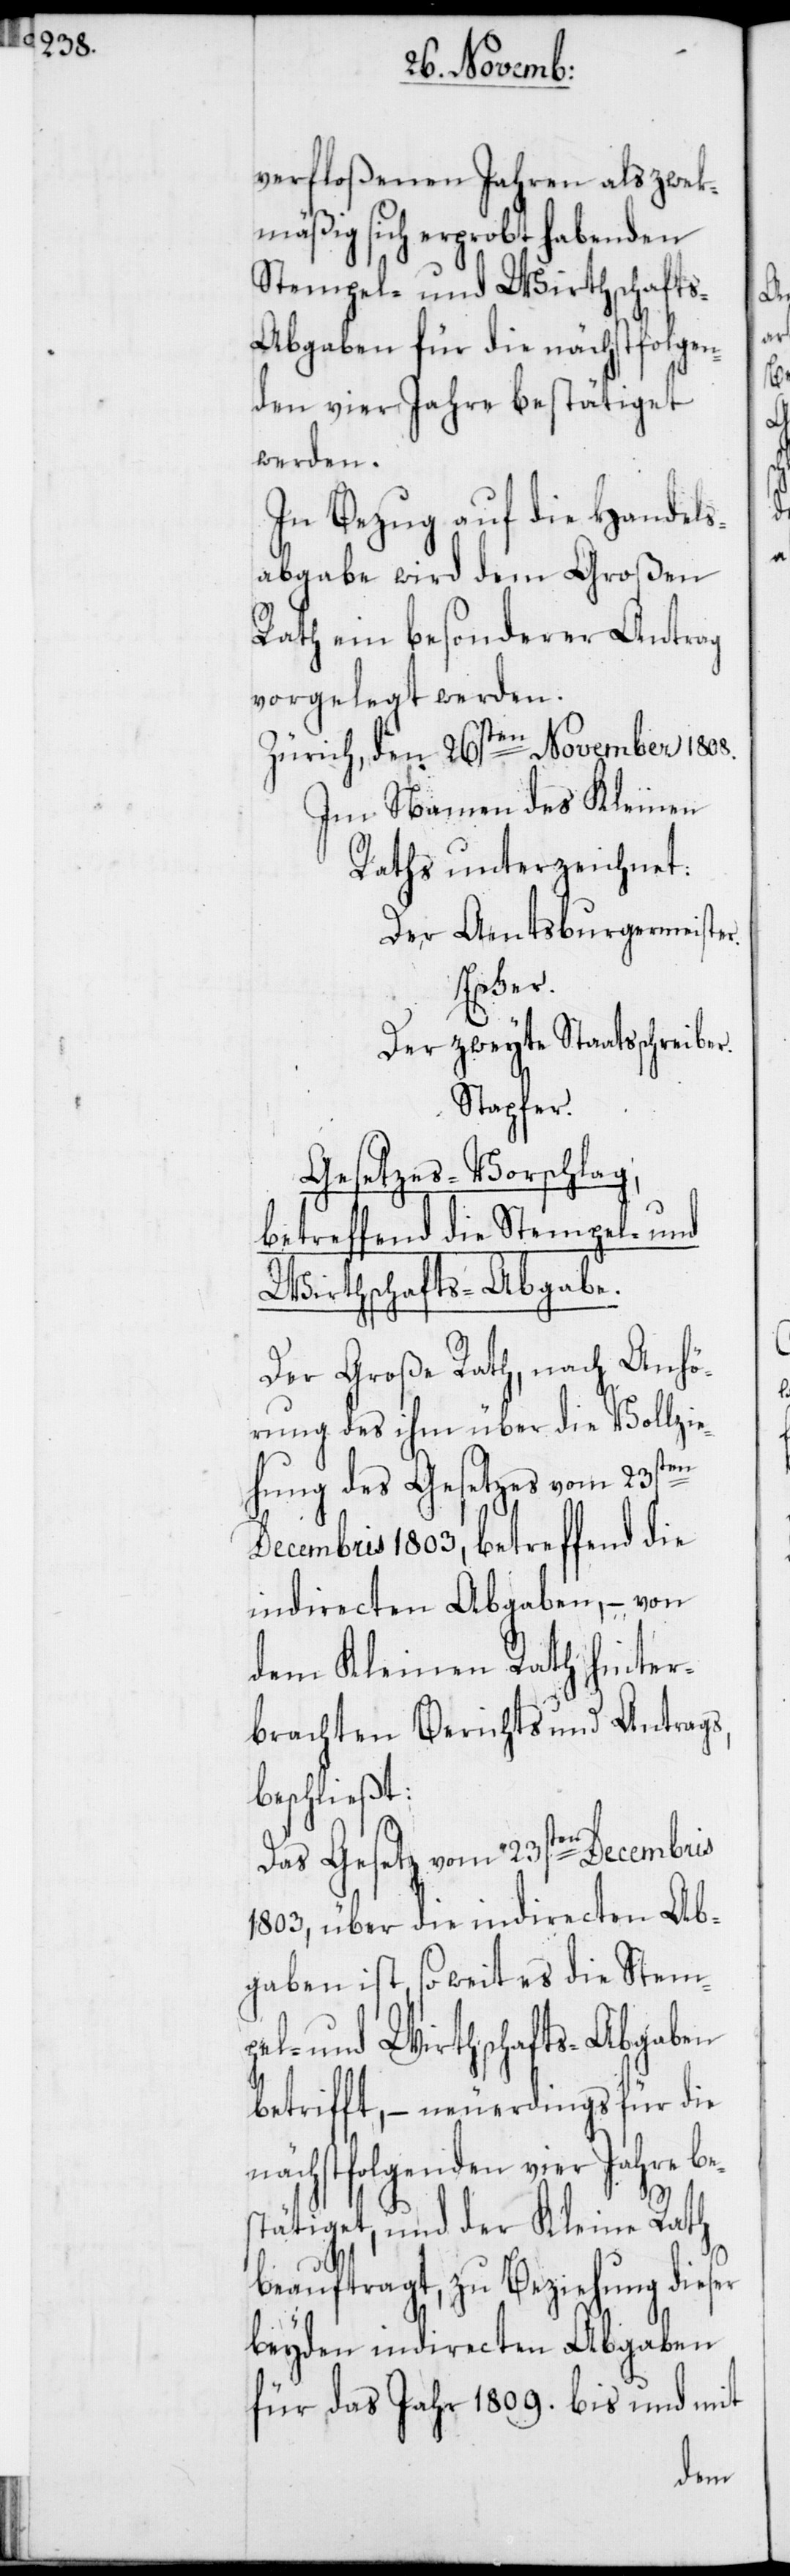
verfloßenen Jahren als zwek¬
mäßig sich erprobt habenden
Stempel- und Wirthschaft¬
s-Abgaben für die nächstfolgen¬
den vier Jahre bestätiget
werden.
In Bezug auf die Handels¬
abgabe wird dem Großen
Rath ein besonderer Antrag
vorgelegt werden.
Zürich, den 26sten November 1808.
Im Namen des Kleinen
Raths unterzeichnet:
Der Amtsburgermeister.
Escher.
Der zweyte Staatsschreiber.
Stapfer.
Gesetzes-Vorschlag,
betreffend die Stempel- und
Wirthschafts-Abgabe.
Der Große Rath, nach Anhö¬
rung des ihm über die Vollzie¬
hung des Gesetzes vom 23sten
Decembris 1803, betreffend die
indirecten Abgaben, – von
dem Kleinen Rath hinter¬
brachten Berichts und Antrags,
beschließt:
Das Gesetz vom 23sten Decembris
1803, über die indirecten Ab¬
gaben ist, so weit es die Stem¬
pel- und Wirthschafts-Abgaben
betrifft, – neuerdings für die
nächstfolgenden vier Jahre be¬
stätiget, und der Kleine Rath
beauftragt, zu Beziehung dieser
beyden indirecten Abgaben
für das Jahr 1809. bis und mit